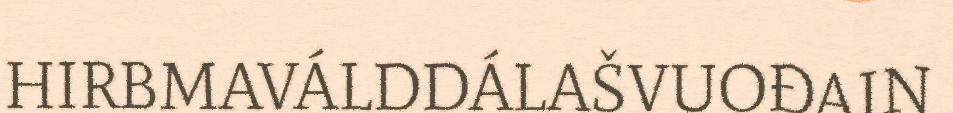
HIRBMAVÁLDDÁLAŠVUOĐAIN